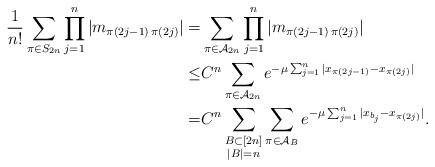
LaTeX: \begin{align*}\frac{1}{n!}\sum_{\pi\in S_{2n}} \prod_{j=1}^n |m_{\pi(2j-1)\, \pi(2j)}|=&\sum_{\pi \in \mathcal{A}_{2n}} \prod_{j=1}^n |m_{\pi(2j-1)\, \pi(2j)}|\\\leq &C^n \sum_{\pi\in \mathcal{A}_{2n}} e^{-\mu \sum_{j=1}^{n} |x_{\pi(2j-1)}-x_{\pi(2j)}|}\\=&C^n\sum_{\substack{B\subset [2n]\\ |B|=n}} \sum_{\pi\in \mathcal{A}_B} e^{-\mu \sum_{j=1}^{n} |x_{b_j}-x_{\pi(2j)}|}.\end{align*}